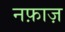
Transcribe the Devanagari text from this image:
नफ़ाज़